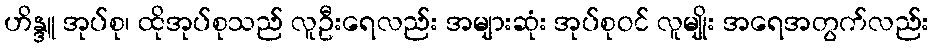
ဟိန္ဒူ အုပ်စု၊ ထိုအုပ်စုသည် လူဦးရေလည်း အများဆုံး အုပ်စုဝင် လူမျိုး အရေအတွက်လည်း